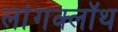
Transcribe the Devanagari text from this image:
लांगक्लॉथ